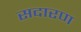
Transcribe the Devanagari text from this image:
सदारण